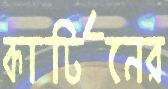
কার্টিনের